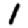
Digit: 1